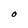
Character: O